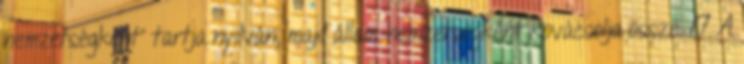
nemzetségként” tartja nyilván, majd állam-nemzetségként kovácsolja össze. 17 A